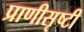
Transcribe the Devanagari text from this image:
प्राणीसृष्टी